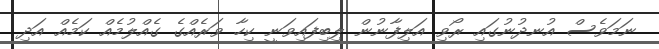
ނަމަވެސް އުނދުނުގައި ރޯވި އަލިފާނުން ލިބިފައިވަނީ ކިހާ ވަރެއްގެ ގެއްލުމެއް ކަމެއް އަދި